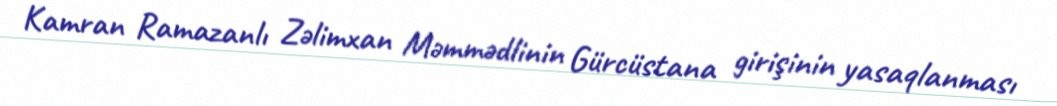
Kamran Ramazanlı Zəlimxan Məmmədlinin Gürcüstana girişinin yasaqlanması